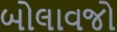
બોલાવજો